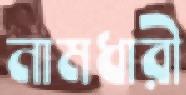
নামধারী